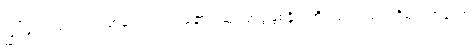
မြင်ဖူးသည်ဟု အညှာမှာ တကယ့်နောက်ဆုံး ဘဒ္ဒန္တစန္ဒိမာဘိဝံသက သက်ရှိမဟုတ်သော